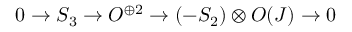
0 \rightarrow S _ { 3 } \rightarrow { \cal O } ^ { \oplus 2 } \rightarrow ( - S _ { 2 } ) \otimes { \cal O } ( J ) \rightarrow 0